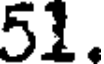
51.